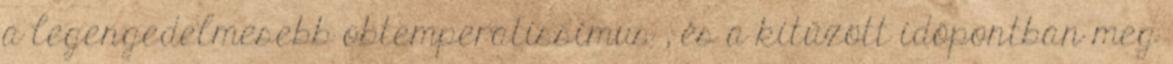
a legengedelmesebb obtemperatissimus , és a kitűzött időpontban meg